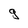
Character: g